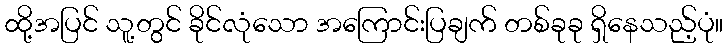
ထို့အပြင် သူ့တွင် ခိုင်လုံသော အကြောင်းပြချက် တစ်ခုခု ရှိနေသည့်ပုံ။